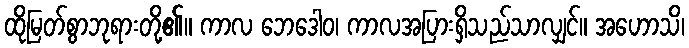
ထိုမြတ်စွာဘုရားတို့၏။ ကာလ ဘေဒေါဝ၊ ကာလအပြားရှိသည်သာလျှင်။ အဟောသိ၊